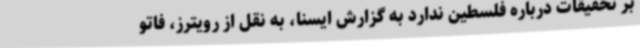
بر تحقیقات درباره فلسطین ندارد به گزارش ایسنا، به نقل از رویترز، فاتو